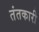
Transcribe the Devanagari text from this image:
तंतकारी